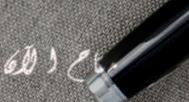
متاح الآن